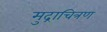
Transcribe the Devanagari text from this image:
मुद्राचित्रण